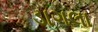
ડાગલા